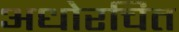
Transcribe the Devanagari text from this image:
अधोरचित